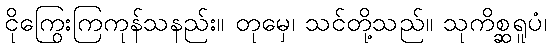
ငိုကြွေးကြကုန်သနည်း။ တုမှေ၊ သင်တို့သည်။ သုကိစ္ဆရူပံ၊